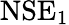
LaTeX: \mathrm{NSE}_{1}